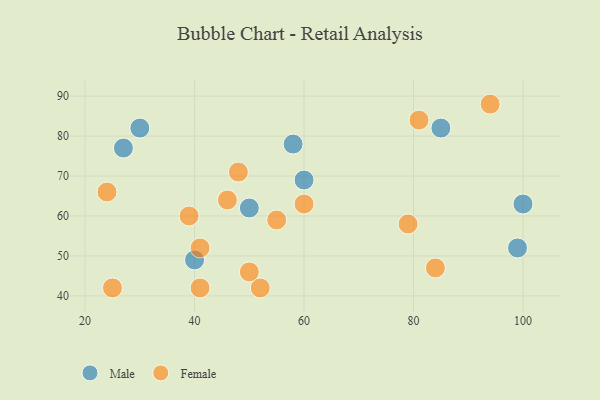
{"axis": {"x": "GDP", "y": "Life Expectancy"}, "legend": ["Female", "Male"], "data": [{"x": "30", "y": 82, "type": "Male"}, {"x": "40", "y": 49, "type": "Male"}, {"x": "85", "y": 82, "type": "Male"}, {"x": "99", "y": 52, "type": "Male"}, {"x": "58", "y": 78, "type": "Male"}, {"x": "50", "y": 62, "type": "Male"}, {"x": "27", "y": 77, "type": "Male"}, {"x": "60", "y": 69, "type": "Male"}, {"x": "100", "y": 63, "type": "Male"}, {"x": "79", "y": 58, "type": "Female"}, {"x": "60", "y": 63, "type": "Female"}, {"x": "52", "y": 42, "type": "Female"}, {"x": "46", "y": 64, "type": "Female"}, {"x": "81", "y": 84, "type": "Female"}, {"x": "25", "y": 42, "type": "Female"}, {"x": "55", "y": 59, "type": "Female"}, {"x": "50", "y": 46, "type": "Female"}, {"x": "48", "y": 71, "type": "Female"}, {"x": "41", "y": 52, "type": "Female"}, {"x": "24", "y": 66, "type": "Female"}, {"x": "39", "y": 60, "type": "Female"}, {"x": "41", "y": 42, "type": "Female"}, {"x": "94", "y": 88, "type": "Female"}, {"x": "84", "y": 47, "type": "Female"}]}